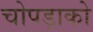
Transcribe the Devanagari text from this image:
चोपड़ाको